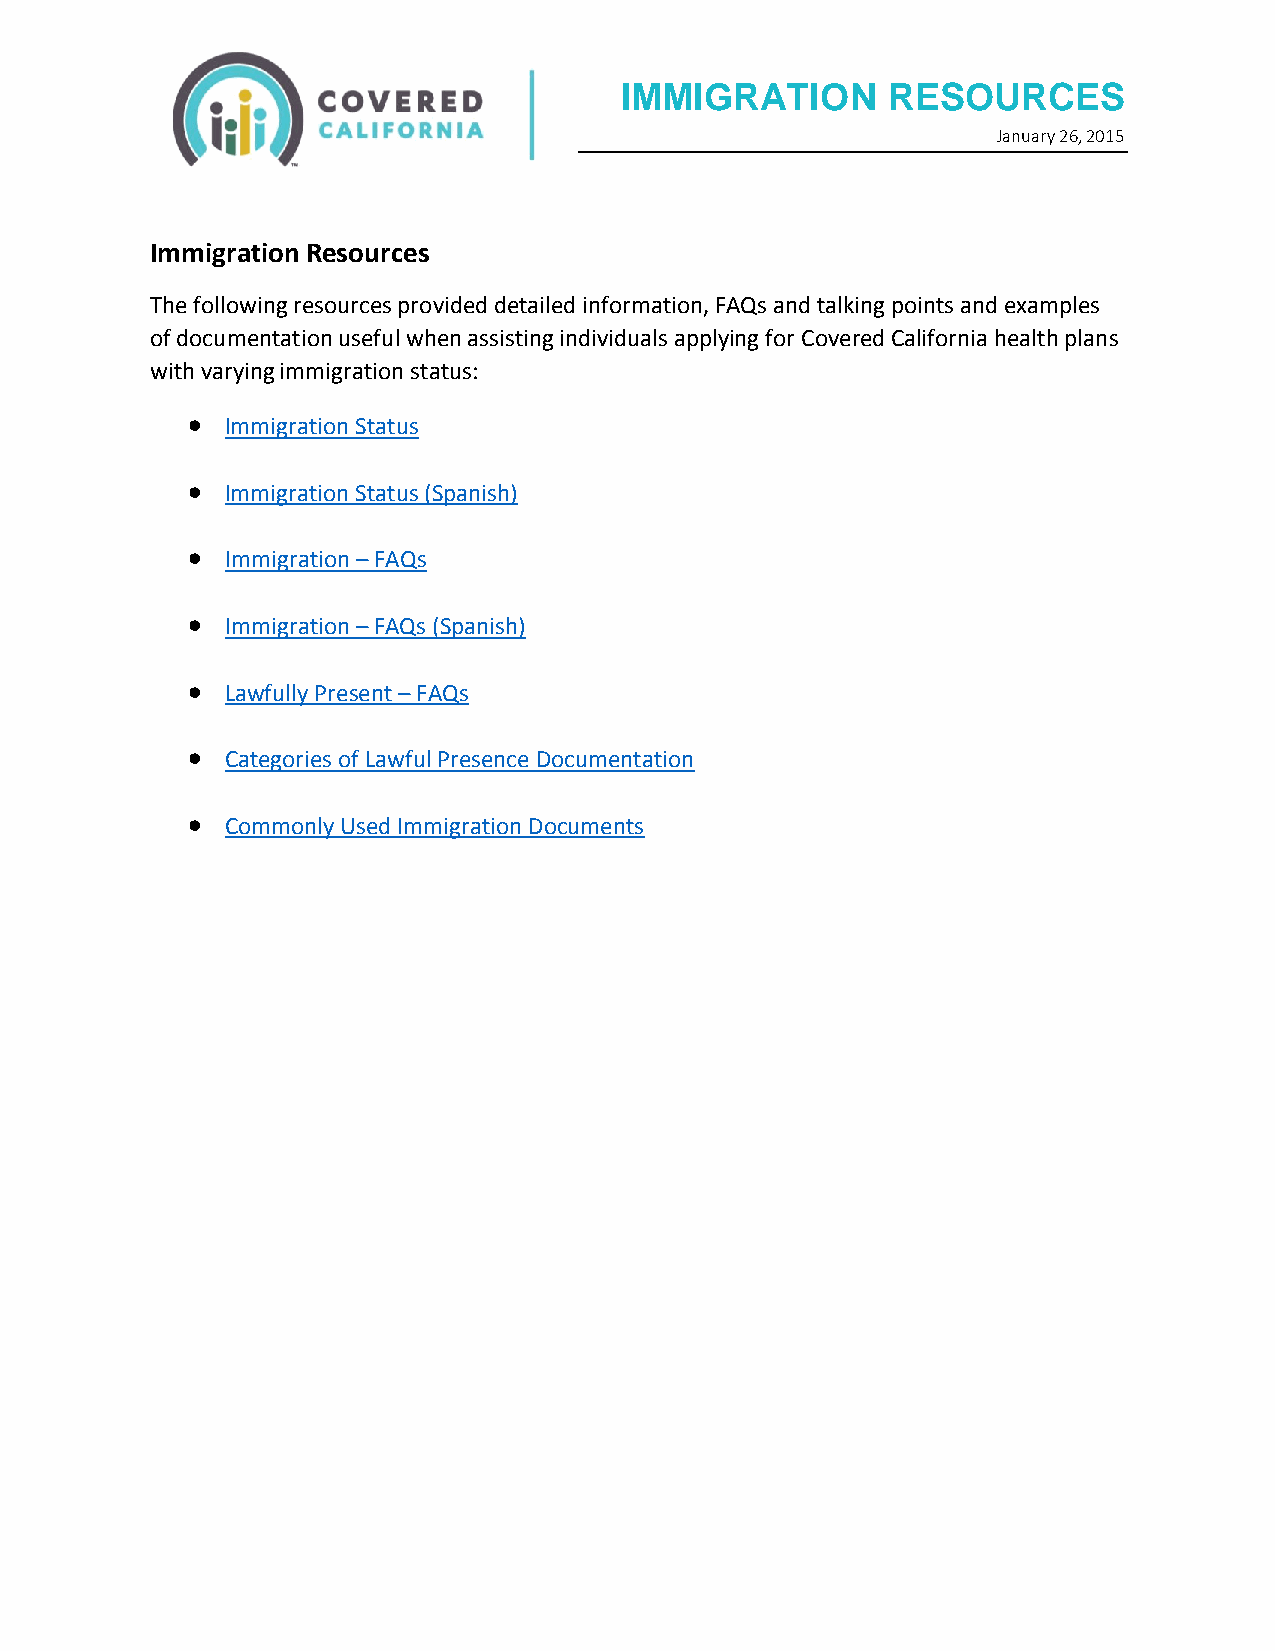
IMMIGRATION       RESOURCES
 January 26, 2015
 Immigration Resources
 The following resources provided detailed information, FAQs and talking points and examples
 of documentation useful when assisting individuals applying for Covered California health plans
 with varying immigration status:
   Immigration Status
   Immigration Status (Spanish)
   Immigration – FAQs
   Immigration – FAQs (Spanish)
   Lawfully Present – FAQs
   Categories of Lawful Presence Documentation
   Commonly Used Immigration Documents